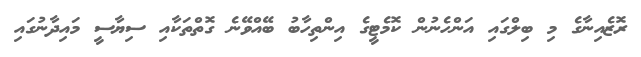
ރޮޒެއިނާގެ މި ބިލްގައި އަންހެނުން ކޮމެޓީގެ އިންތިހާބު ބޭއްވޭނެ ގޮތްތަކާއި ސިޔާސީ މައިދާނުގައި